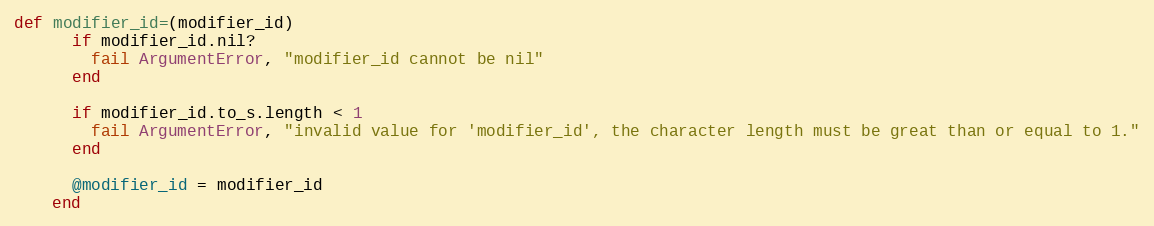
Language: Ruby
def modifier_id=(modifier_id)
      if modifier_id.nil?
        fail ArgumentError, "modifier_id cannot be nil"
      end

      if modifier_id.to_s.length < 1
        fail ArgumentError, "invalid value for 'modifier_id', the character length must be great than or equal to 1."
      end

      @modifier_id = modifier_id
    end